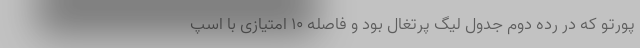
پورتو که در رده دوم جدول لیگ پرتغال بود و فاصله ۱۰ امتیازی با اسپ